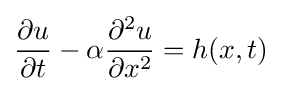
{\frac {\partial u}{\partial t}}-\alpha {\frac {\partial ^{2}u}{\partial x^{2}}}=h(x,t)